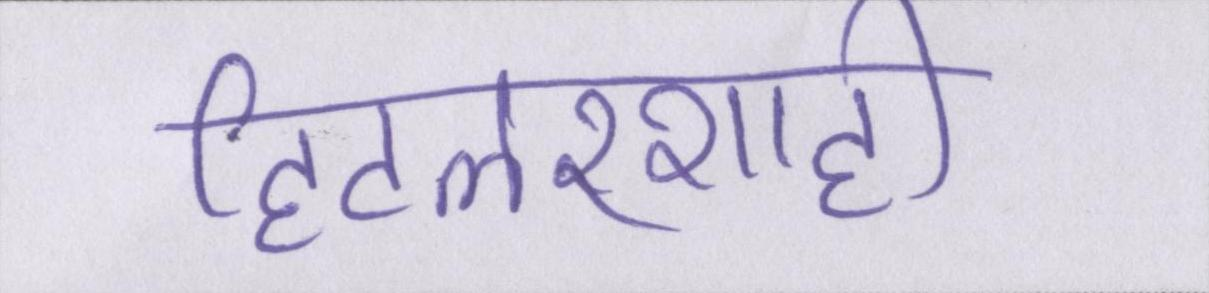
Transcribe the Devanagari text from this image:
हिटलरशाही